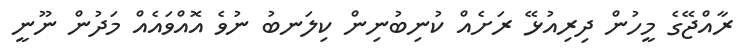
ރާއްޖޭގެ މީހުން ދިރިއުޅޭ ރަށެއް ކުނިބުނިން ކިލަނބު ނުވެ އޮއްވައެއް މަދުން ނޫނީ